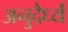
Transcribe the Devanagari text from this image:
अनुदैर्ध्यं